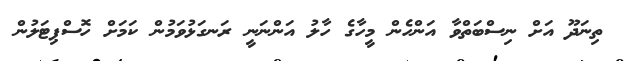
ތިނަދޫ އަށް ނިސްބަތްވާ އަންހެން މީހާގެ ހާލު އަންނަނީ ރަނގަޅުވަމުން ކަމަށް ހޮސްޕިޓަލުން